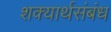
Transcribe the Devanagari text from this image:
शक्यार्थसंबंध